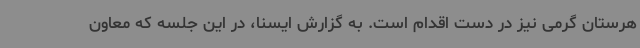
هرستان گرمی نیز در دست اقدام است. به گزارش ایسنا، در این جلسه که معاون